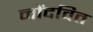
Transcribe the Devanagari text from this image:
नोंदवित